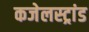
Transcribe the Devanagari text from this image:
कजेलस्ट्रांड